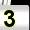
Digit: 3